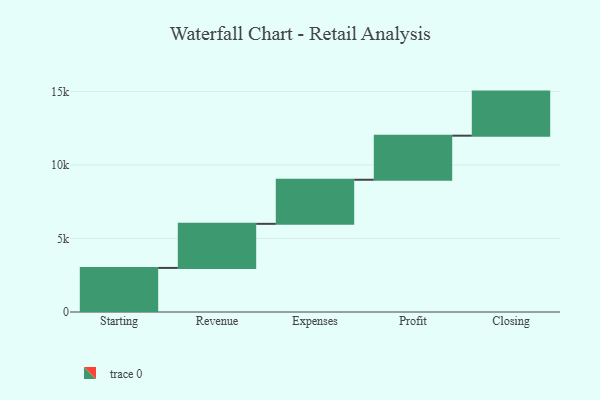
{"axis": {"x": "Step", "y": "Value"}, "legend": [""], "data": [{"x": "Starting", "y": 3000, "type": ""}, {"x": "Revenue", "y": 3000, "type": ""}, {"x": "Expenses", "y": 3000, "type": ""}, {"x": "Profit", "y": 3000, "type": ""}, {"x": "Closing", "y": 3000, "type": ""}]}